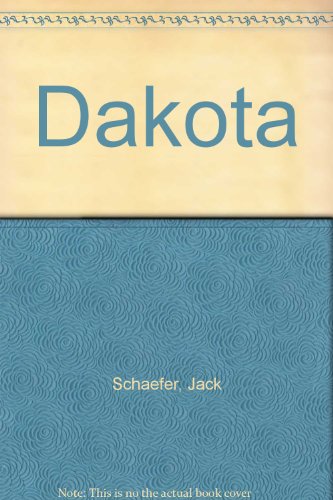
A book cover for Dakota; Jack Schaefer; Travel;